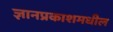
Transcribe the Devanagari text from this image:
ज्ञानप्रकाशमधील